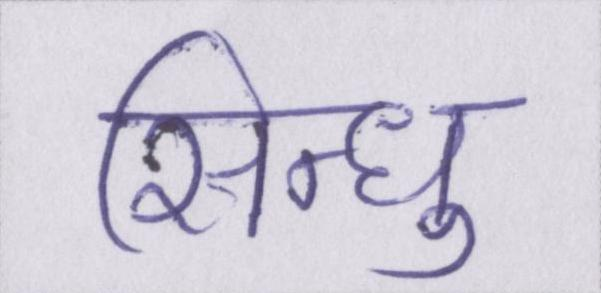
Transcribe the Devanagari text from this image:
सिन्धु